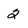
Character: 2